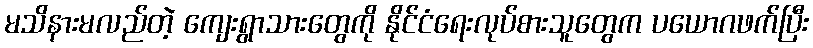
မသိနားမလည်တဲ့ ကျေးရွာသားတွေကို နိုင်ငံရေးလုပ်စားသူတွေက ပယောဂဖက်ပြီး